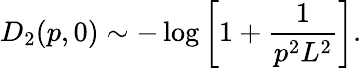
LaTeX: D_{2}(p,0)\sim-\log\left[1+\frac{1}{p^{2}L^{2}}\right].